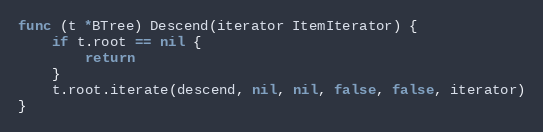
Language: Go
func (t *BTree) Descend(iterator ItemIterator) {
	if t.root == nil {
		return
	}
	t.root.iterate(descend, nil, nil, false, false, iterator)
}